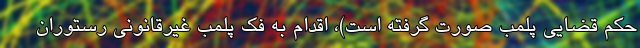
حکم قضایی پلمب صورت گرفته است)، اقدام به فک پلمب غیرقانونی رستوران